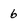
Character: 6